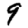
Digit: 9